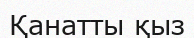
Қанатты қыз